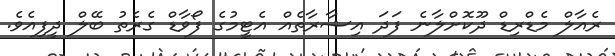
ރެއާލް މެޑްރިޑް ދޫކޮށްލާނެ ފަދަ އިޝާރާތެއް އެޓީމުގެ ފޯވާޑް ގެރެތު ބޭލް ދީފިއެވެ.